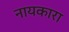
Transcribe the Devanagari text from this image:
नायकारा